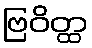
ဗြဝိတ္ထ